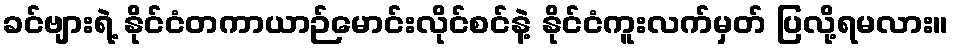
ခင်ဗျားရဲ့ နိုင်ငံတကာယာဉ်မောင်းလိုင်စင်နဲ့ နိုင်ငံကူးလက်မှတ် ပြလို့ရမလား။